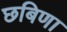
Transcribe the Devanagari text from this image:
छबिणा